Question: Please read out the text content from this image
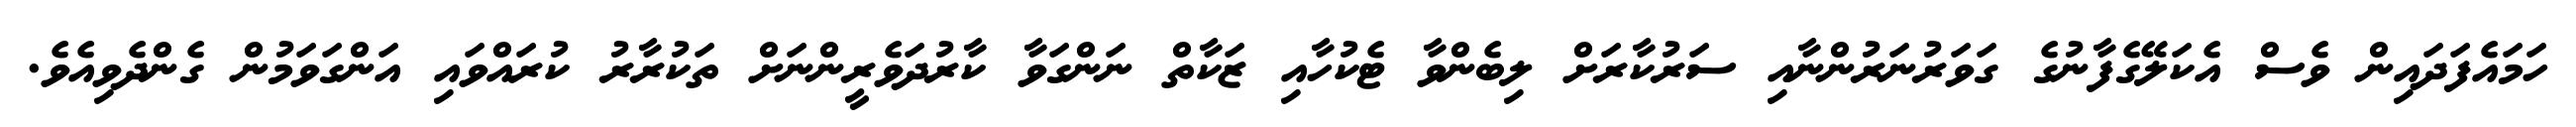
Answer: ހަމައެފަދައިން ވެސް އެކަލޭގެފާނުގެ ގަވަރުނަރުންނާއި ސަރުކާރަށް ލިބެންވާ ޓެކުހާއި ޒަކާތް ނަންގަވާ ކާރުދަވެރީންނަށް ތަކުރާރު ކުރައްވައި އަންގަވަމުން ގެންދެވިއެވެ.